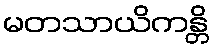
မတသာယိကန္တိ